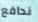
ندافع